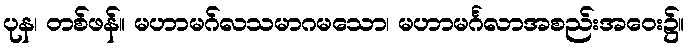
ပုန၊ တစ်ဖန်။ မဟာမဂ်လသမာဂမသော၊ မဟာမင်္ဂလာအစည်းအဝေး၌။